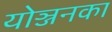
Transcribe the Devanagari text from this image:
योञ्जनका